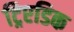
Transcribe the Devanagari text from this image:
ट्रिएडिक